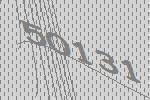
50131